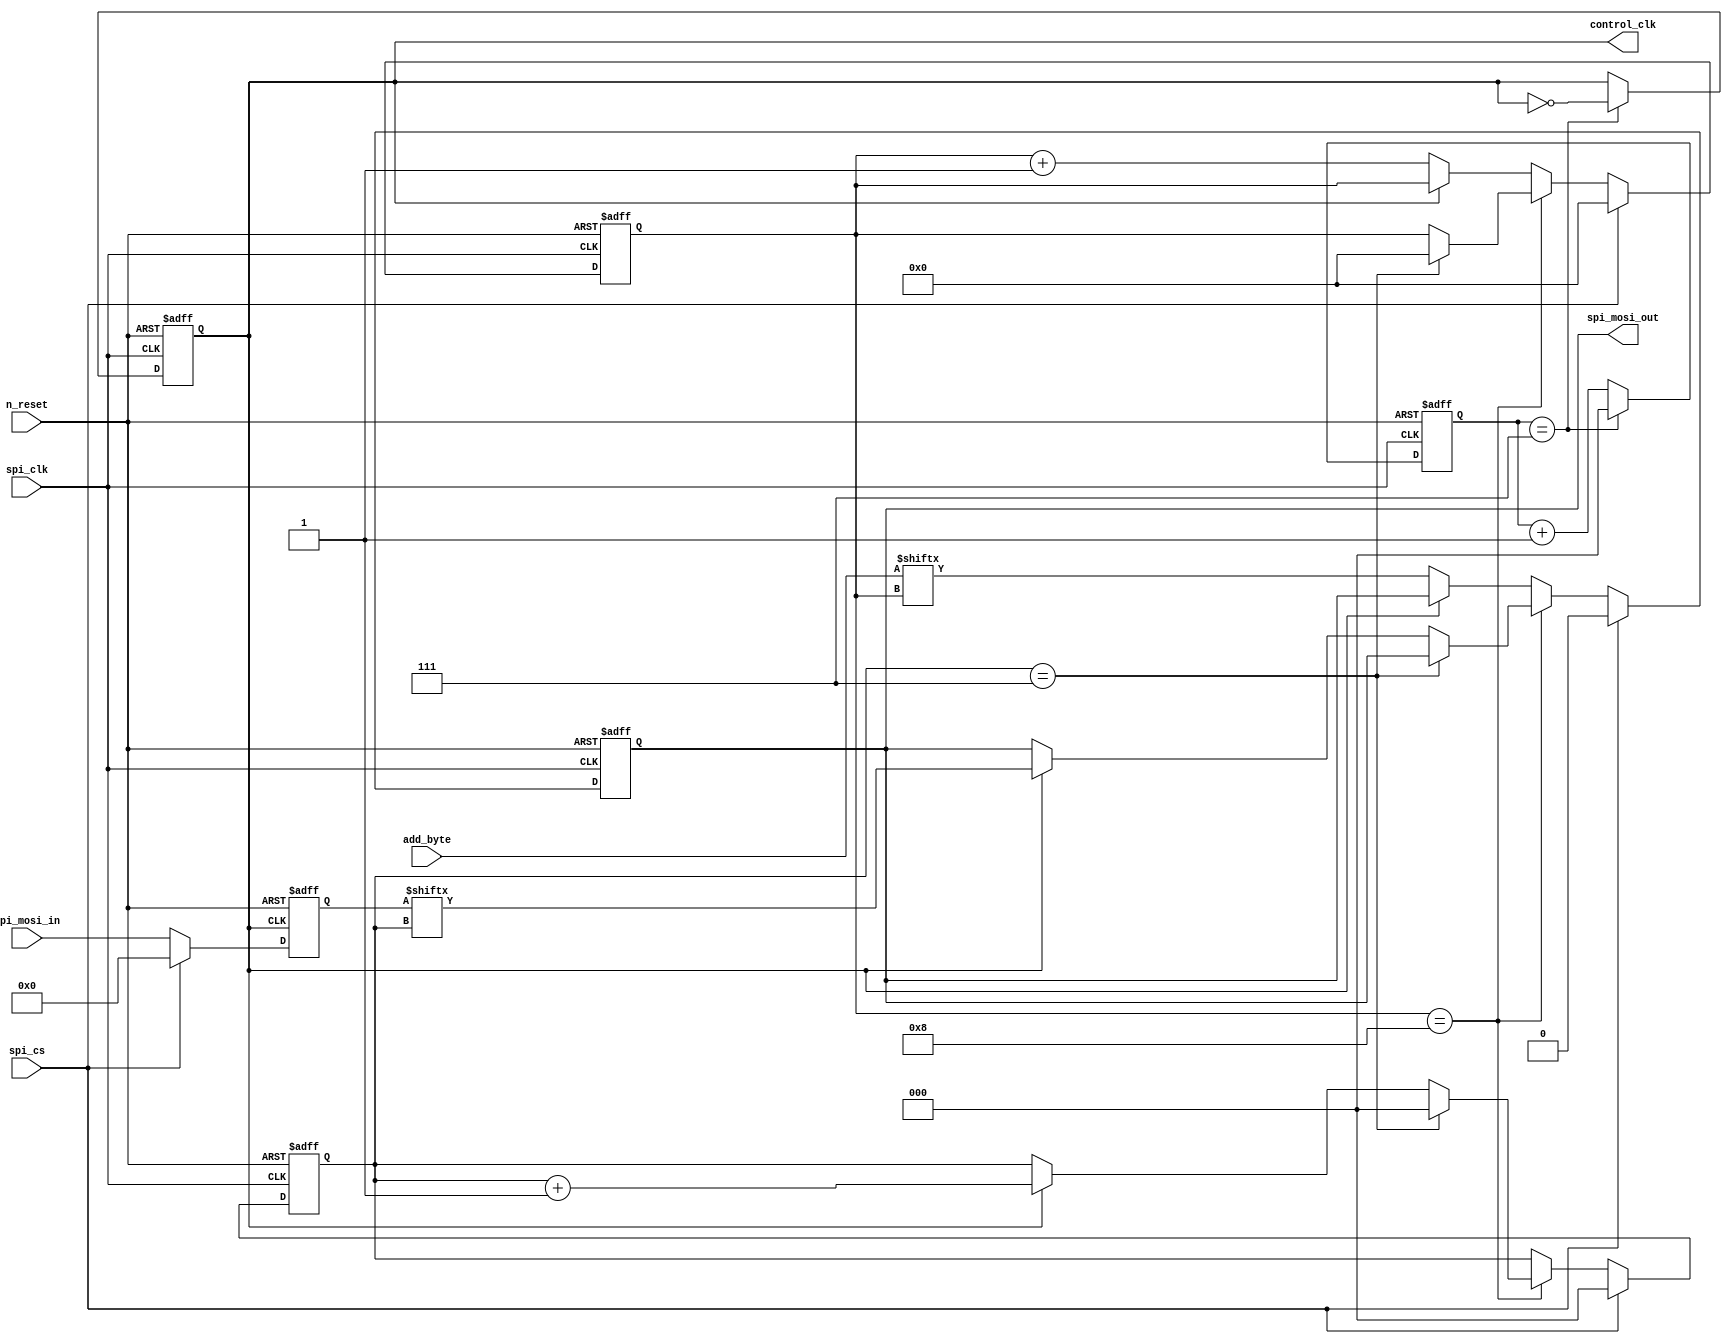
`timescale 1 ns / 1 ps
module spi_mosi (control_clk,spi_mosi_out,spi_cs,spi_clk,n_reset,spi_mosi_in,add_byte);

  parameter DSIZE = 8;


    output  spi_mosi_out,control_clk;
    input spi_cs;
    input n_reset;
    input  spi_clk;
	input [DSIZE-1:0] spi_mosi_in,add_byte;
    reg control_clk;

	reg spi_mosi_out;
    
	reg[3:0] point_add;
      reg[7:0] data ;
 
      reg [2:0] point,control ;	


     


// control clock : control smooth transiction of Data from asy_fifo_to spi_mosi
	

always@(posedge spi_clk or negedge n_reset)
if(!n_reset) begin
                control<=3'b010;
               control_clk<=0;
			 end
else  begin
                         if(control==3'd7) begin
   				                                 control_clk<=~control_clk;
   				                                 control<=0;
   
					                       end
			             else
				                   begin
					                    control<=control+1;
				                   end
                    end
// data from asy fifo come to spi_mosi with the control clock

always@(posedge control_clk or negedge n_reset)
if(!n_reset) begin
              data<=8'd0;
             end
else begin
                    if(spi_cs) begin
               
                                  data<=8'd0;  // address
                 
            
               
                    	        end

	                else 
         	            begin
 		                      data<=spi_mosi_in;
               
              			end  
		        end



// spi clk manage data to send slave bit by bit
// every data byte also send e address byte by spi_mosi
// 
	
always@(posedge spi_clk or negedge n_reset)
if(! n_reset) begin
                    spi_mosi_out<=0;
                   // address byte        
                    point_add<=4'd5;
	           	    point<=3'd0;
				end
else  begin
    
 	               	if(spi_cs ) begin
        		                   spi_mosi_out<=0;
                                   
                                   point<=3'd0;
		                           point_add<=4'd0;
            
               
                                end

	                else if(!spi_cs) begin
	                                    if(point_add==4'd8) begin
         
                                                                 if(point==3'd7) begin
          
                                                                                      point_add<=4'd0;
                                                                                      point<=3'b000;
		                                                                         end
	 
                   
               
         
	                                                              else if (control_clk==1) begin
                                                                                              spi_mosi_out<=data[point];
                                                                                               point<= point+1;
                                          	
                                                                                         end
	                                                          end
          

	
                                        else if(control_clk==0)begin
	                                        
	                                                               spi_mosi_out<=add_byte[point_add];	  // assign address byte
		                                                            point_add<= point_add+1; 

 //$display ("at time %0d spi_mosi_out=%b  ", $time, spi_mosi_out);
 //$display ("at time %0d point_add=%d  ", $time, point_add);

                                                                
					                                              end
	 
                                    end

                 end
   


		endmodule